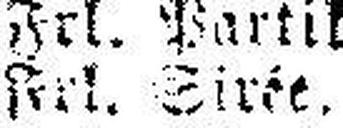
Frl. Sir###e.